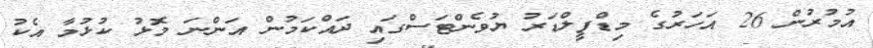
އުމުރުން 26 އަހަރުގެ މިޑްފީލްޑަރު ޔުވެންޓަސްގައި ދައްކަމުން އަންނަ މޮޅު ކުޅުމާ އެކު